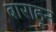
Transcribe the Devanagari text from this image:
बाराहून